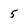
Character: 5